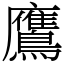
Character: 鷹